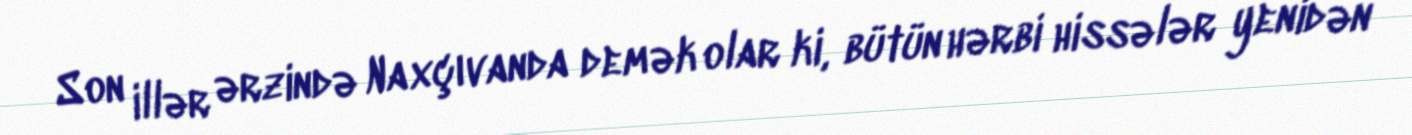
Son illər ərzində Naxçıvanda demək olar ki, bütün hərbi hissələr yenidən